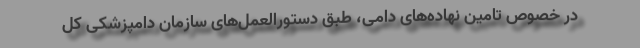
در خصوص تامین نهاده‌های دامی، طبق دستورالعمل‌های سازمان دامپزشکی کل